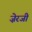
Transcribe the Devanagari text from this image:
ज़ेरजी